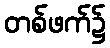
တစ်ဖက်၌